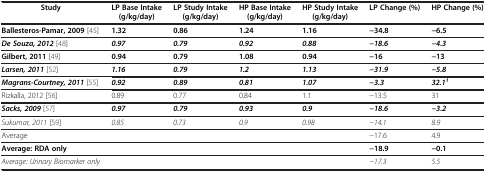
<table><thead><tr><td><b>Study</b></td><td><b>LP Base Intake (g/kg/day)</b></td><td><b>LP Study Intake (g/kg/day)</b></td><td><b>HP Base Intake (g/kg/day)</b></td><td><b>HP Study Intake (g/kg/day)</b></td><td><b>LP Change (%)</b></td><td><b>HP Change (%)</b></td></tr></thead><tbody><tr><td><b>Ballesteros-Pamar, 2009</b>[45]</td><td><b>1.32</b></td><td><b>0.86</b></td><td><b>1.24</b></td><td><b>1.16</b></td><td><b>−34.8</b></td><td><b>−6.5</b></td></tr><tr><td><b><i>De Souza, 2012</i></b>[48]</td><td><b><i>0.97</i></b></td><td><b><i>0.79</i></b></td><td><b><i>0.92</i></b></td><td><b><i>0.88</i></b></td><td><b><i>−18.6</i></b></td><td><b><i>−4.3</i></b></td></tr><tr><td><b>Gilbert, 2011</b>[49]</td><td><b>0.94</b></td><td><b>0.79</b></td><td><b>1.08</b></td><td><b>0.94</b></td><td><b>−16</b></td><td><b>−13</b></td></tr><tr><td><b><i>Larsen, 2011</i></b>[52]</td><td><b><i>1.16</i></b></td><td><b><i>0.79</i></b></td><td><b><i>1.2</i></b></td><td><b><i>1.13</i></b></td><td><b><i>−31.9</i></b></td><td><b><i>−5.8</i></b></td></tr><tr><td><b><i>Magrans-Courtney, 2011</i></b>[55]</td><td><b><i>0.92</i></b></td><td><b><i>0.89</i></b></td><td><b><i>0.81</i></b></td><td><b><i>1.07</i></b></td><td><b><i>−3.3</i></b></td><td><b><i>32.1</i></b><sup><b><i>1</i></b></sup></td></tr><tr><td>Rizkalla, 2012[56]</td><td>0.89</td><td>0.77</td><td>0.84</td><td>1.1</td><td>−13.5</td><td>31</td></tr><tr><td><b><i>Sacks, 2009</i></b>[57]</td><td><b><i>0.97</i></b></td><td><b><i>0.79</i></b></td><td><b><i>0.93</i></b></td><td><b><i>0.9</i></b></td><td><b><i>−18.6</i></b></td><td><b><i>−3.2</i></b></td></tr><tr><td><i>Sukumar, 2011</i>[59]</td><td><i>0.85</i></td><td><i>0.73</i></td><td><i>0.9</i></td><td><i>0.98</i></td><td><i>−14.1</i></td><td><i>8.9</i></td></tr><tr><td>Average</td><td> </td><td> </td><td> </td><td> </td><td>−17.6</td><td>4.9</td></tr><tr><td><b>Average: RDA only</b></td><td> </td><td> </td><td> </td><td> </td><td><b>−18.9</b></td><td><b>−0.1</b></td></tr><tr><td><i>Average: Urinary Biomarker only</i></td><td> </td><td> </td><td> </td><td> </td><td><i>−17.3</i></td><td><i>5.5</i></td></tr></tbody></table>